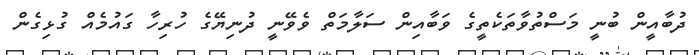
ދުބާއީން ބުނީ މަސްތުވާތަކެތީގެ ވަބާއިން ސަލާމަތް ވެވޭނީ ދުނިޔޭގެ ހުރިހާ ގައުމެއް ގުޅިގެން